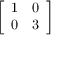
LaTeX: \left[ { \begin{array} { l l } { 1 } & { 0 } \\ { 0 } & { 3 } \end{array} } \right]